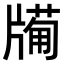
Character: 𤗩